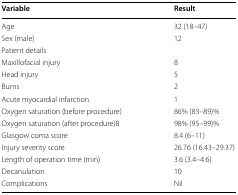
<table><thead><tr><td><b>Variable</b></td><td><b>Result</b></td></tr></thead><tbody><tr><td>Age</td><td>32 (18–47)</td></tr><tr><td>Sex (male)</td><td>12</td></tr><tr><td>Patient details</td><td>[EMPTY_CELL]</td></tr><tr><td>Maxillofacial injury</td><td>8</td></tr><tr><td>Head injury</td><td>5</td></tr><tr><td>Burns</td><td>2</td></tr><tr><td>Acute myocardial infarction</td><td>1</td></tr><tr><td>Oxygen saturation (before procedure)</td><td>86% (83–89)%</td></tr><tr><td>Oxygen saturation (after procedure)8</td><td>98% (95–99)%</td></tr><tr><td>Glasgow coma score</td><td>8.4 (6–11)</td></tr><tr><td>Injury severity score</td><td>26.76 (16.43–29.37)</td></tr><tr><td>Length of operation time (min)</td><td>3.6 (3.4–4.6)</td></tr><tr><td>Decanulation</td><td>10</td></tr><tr><td>Complications</td><td>Nil</td></tr></tbody></table>